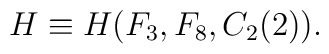
H\equiv H(F_3, F_8, C_2(2)).